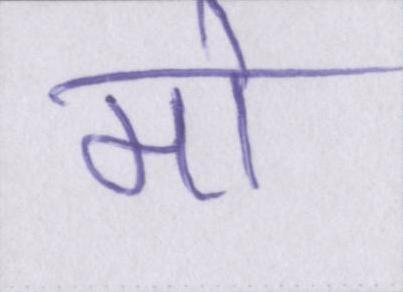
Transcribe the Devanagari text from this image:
मो